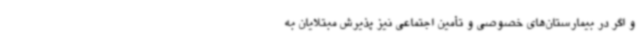
و اگر در بیمارستان‌های خصوصی و تأمین اجتماعی نیز پذیرش مبتلایان به